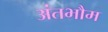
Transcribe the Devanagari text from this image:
अंतभौम